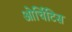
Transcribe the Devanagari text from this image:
ओर्चिटिस